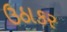
ઉઠાકર